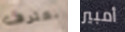
نعترف أمبير